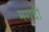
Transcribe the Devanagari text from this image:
मरादी